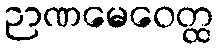
ဉာဏမေဝေတ္ထ